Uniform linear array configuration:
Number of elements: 16
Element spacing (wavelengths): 0.75
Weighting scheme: kaiser
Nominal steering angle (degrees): -45
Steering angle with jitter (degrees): -43.455
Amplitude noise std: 0.05
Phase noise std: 0.05

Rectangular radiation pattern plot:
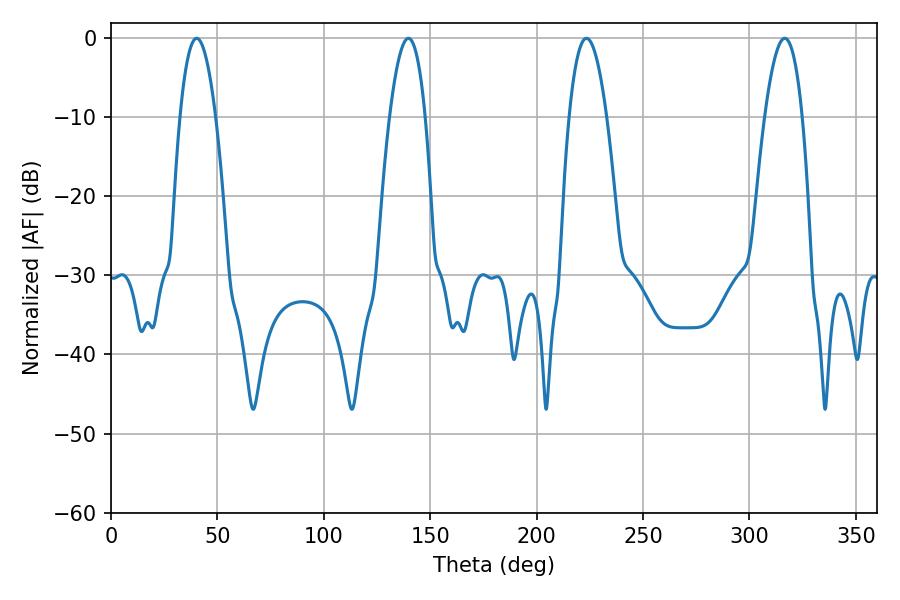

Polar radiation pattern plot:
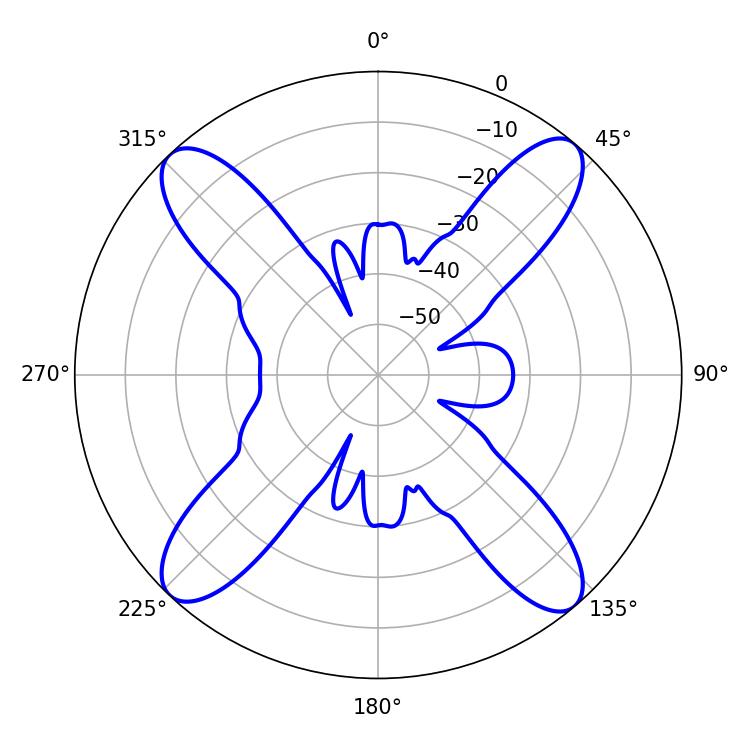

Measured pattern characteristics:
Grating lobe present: TRUE
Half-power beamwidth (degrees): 9.72
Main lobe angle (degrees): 223.38